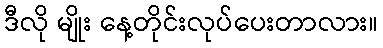
ဒီလို မျိုး နေ့တိုင်းလုပ်ပေးတာလား။